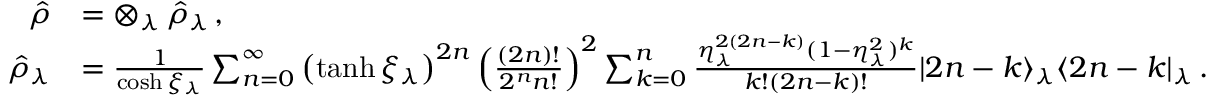
\begin{array} { r l } { \hat { \rho } } & { = \otimes _ { \lambda } \, \hat { \rho } _ { \lambda } \, , } \\ { \hat { \rho } _ { \lambda } } & { = \frac { 1 } { \cosh \xi _ { \lambda } } \sum _ { n = 0 } ^ { \infty } \left( \operatorname { t a n h } \xi _ { \lambda } \right) ^ { 2 n } \left( \frac { ( 2 n ) ! } { 2 ^ { n } n ! } \right) ^ { 2 } \sum _ { k = 0 } ^ { n } \frac { \eta _ { \lambda } ^ { 2 ( 2 n - k ) } ( 1 - \eta _ { \lambda } ^ { 2 } ) ^ { k } } { k ! ( 2 n - k ) ! } | 2 n - k \rangle _ { \lambda } \langle 2 n - k | _ { \lambda } \, . } \end{array}